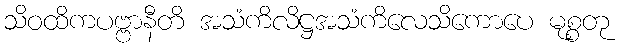
သိဝထိကပဗ္ဗာနီတိ အသံကိလိဋ္ဌအသံကိလေသိကောပေ မုစ္စတု